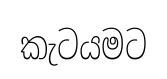
කැටයමට